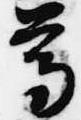
尊